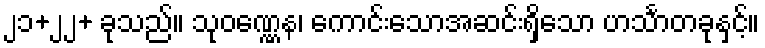
၂၁+၂၂+ ခုသည်။ သုဝဏ္ဏေန၊ ကောင်းသောအဆင်းရှိသော ဟင်္သာတခုနှင့်။